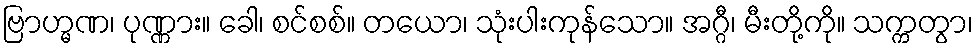
ဗြာဟ္မဏ၊ ပုဏ္ဏား။ ခေါ၊ စင်စစ်။ တယော၊ သုံးပါးကုန်သော။ အဂ္ဂီ၊ မီးတို့ကို။ သက္ကတွာ၊